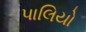
પાલિયો